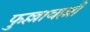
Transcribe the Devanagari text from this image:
फुल्लावल्ली